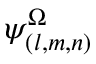
\psi _ { ( l , m , n ) } ^ { \Omega }